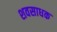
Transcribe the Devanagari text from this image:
शवसाधक